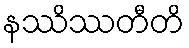
နဿိဿတီတိ